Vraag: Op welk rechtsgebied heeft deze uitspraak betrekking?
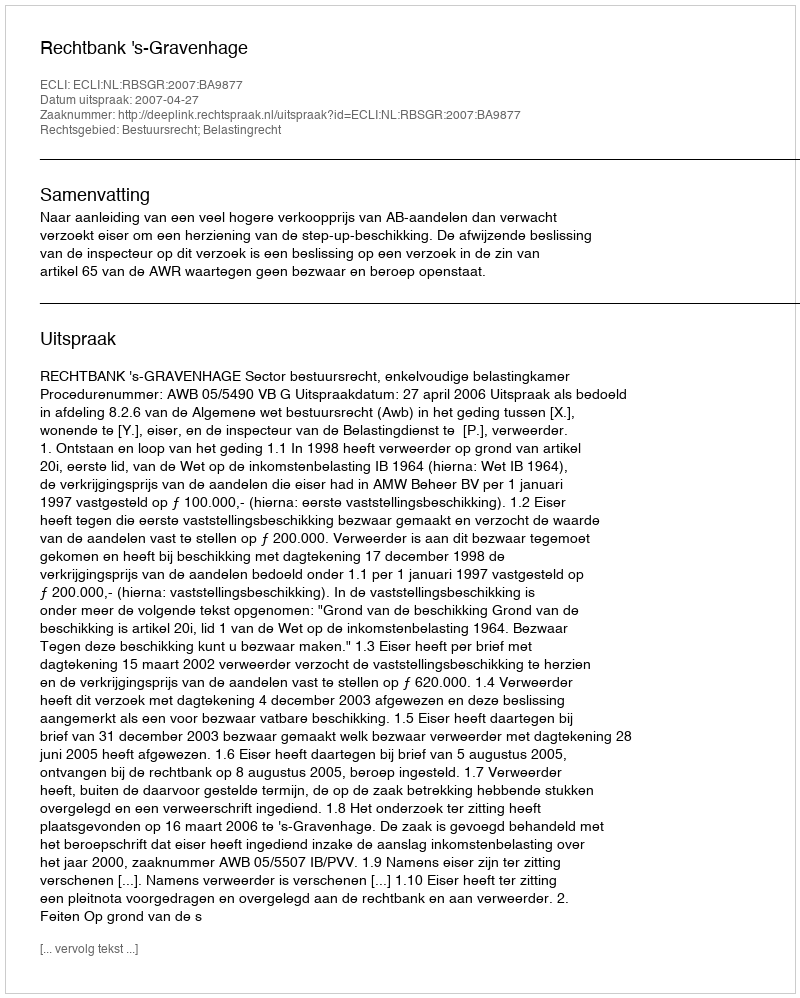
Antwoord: Bestuursrecht; Belastingrecht